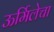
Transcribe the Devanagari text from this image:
ऊर्मिलेचा